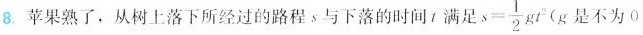
8.苹果熟了，从树上落下所经过的路程s与下落的时间t满足$$s = \frac { 1 } { 2 } g t ^ { 2 }$$(g是不为0